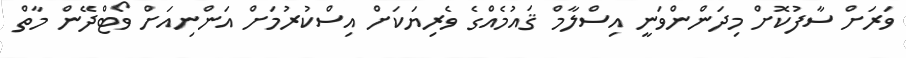
ވަރަށް ސާފުކޮށް މިދަންންވަނީ އިސްލާމް ޤައުމެއްގެ ވެރިޔަކަށް އިސްކުރުމަށް އަންނިއަށް ވޯޓްދޭން މާތް